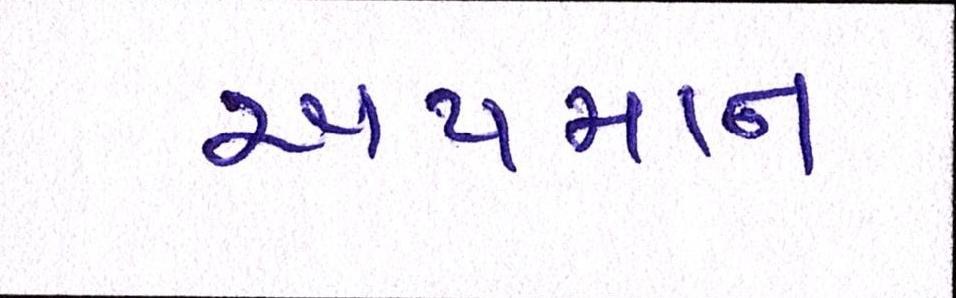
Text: અપમાન